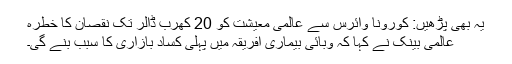
یہ بھی پڑھیں: کورونا وائرس سے عالمی معیشت کو 20 کھرب ڈالر تک نقصان کا خطرہ
عالمی بینک نے کہا کہ وبائی بیماری افریقہ میں پہلی کساد بازاری کا سبب بنے گی۔